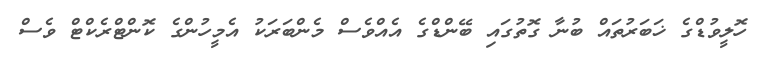
ހޮލީވުޑްގެ ޚަބަރުތައް ބުނާ ގޮތުގައި ބޭންޑްގެ އެއްވެސް މެންބަރަކު އެމީހުންގެ ކޮންޓްރެކްޓް ވެސް